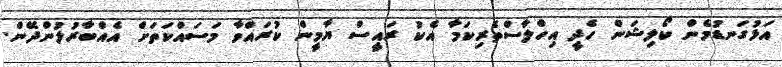
އަޅުގަނޑުމެން ކޯލިޝަން ހެދީ އިހްލާސްތެރިކަމާ އެކު ރައީސް ޔާމީން ކުރައްވާ މަސައްކަތަށް އެއްބާރުލުންދޭން.